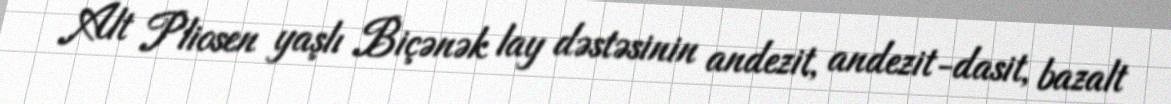
Alt Pliosen yaşlı Biçənək lay dəstəsinin andezit, andezit-dasit, bazalt